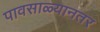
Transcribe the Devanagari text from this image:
पावसाळ्यानतर